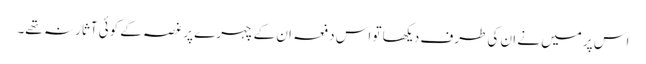
اس پر میں نے ان کی طرف دیکھا تو اس دفعہ ان کے چہرے پر غصہ کے کوئی آثار نہ تھے۔